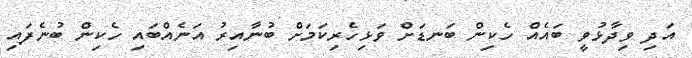
އަދި ވިދާޅުވީ ބައެއް ހެކިން ބަނޑަށް ވަޅިހެރިކަމަށް ބުނާއިރު އަނެއްބައި ހެކިން ބުނެފައި